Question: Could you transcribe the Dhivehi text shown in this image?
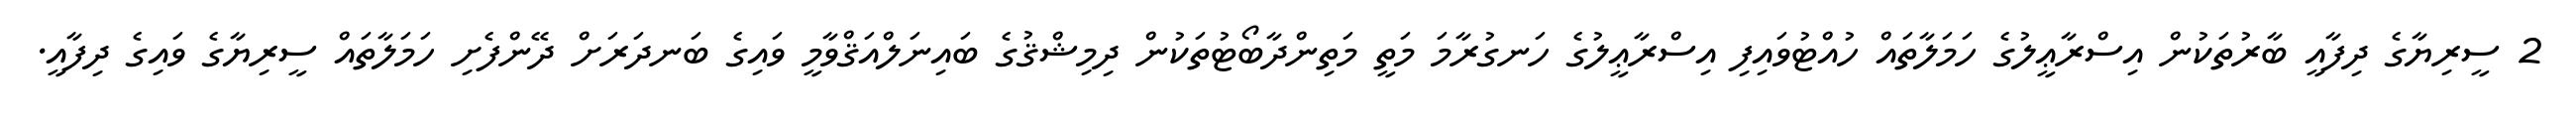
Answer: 2 ސީރިޔާގެ ދިފާއީ ބާރުތަކުން އިސްރާޢީލުގެ ހަމަލާތައް ހުއްޓުވައިފި އިސްރާޢީލުގެ ހަނގުރާމަ މަތީ މަތިންދާބޯޓުތަކުން ދިމިޝްޤުގެ ބައިނަލްއަޤްވާމީ ވައިގެ ބަނދަރަށް ދޭންފެށި ހަމަލާތައް ސީރިޔާގެ ވައިގެ ދިފާއީ.